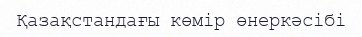
Қазақстандағы көмір өнеркәсібі